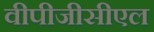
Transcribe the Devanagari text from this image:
वीपीजीसीएल